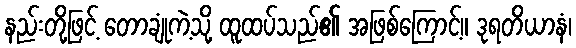
နည်းတို့ဖြင့် တောချုံကဲ့သို့ ထူထပ်သည်၏ အဖြစ်ကြောင့်။ ဒုရတိယာနံ၊